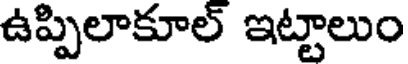
ఉప్పిలాకూల్ ఇట్టాలుం